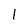
Character: 1